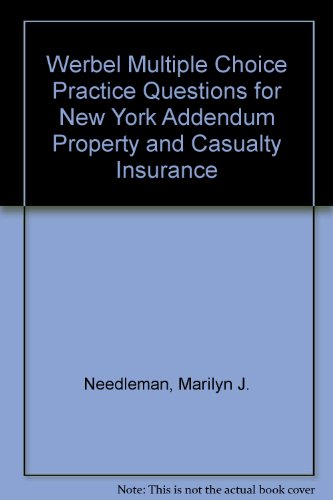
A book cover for New York Law Addendum Property & Casualty Insurance; Marilyn J. Needleman; Business & Money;